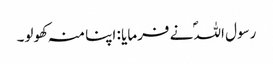
رسول اللہؐ نے فرمایا : اپنا منہ کھولو۔